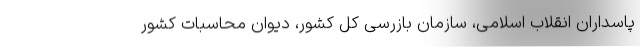
پاسداران انقلاب اسلامی، سازمان بازرسی کل کشور، دیوان محاسبات کشور